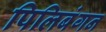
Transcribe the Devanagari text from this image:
पिलिबंगन